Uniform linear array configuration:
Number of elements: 12
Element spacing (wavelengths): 1
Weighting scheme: hamming
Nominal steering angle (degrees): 60
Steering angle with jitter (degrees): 58.358
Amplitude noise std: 0.05
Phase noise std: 0.05

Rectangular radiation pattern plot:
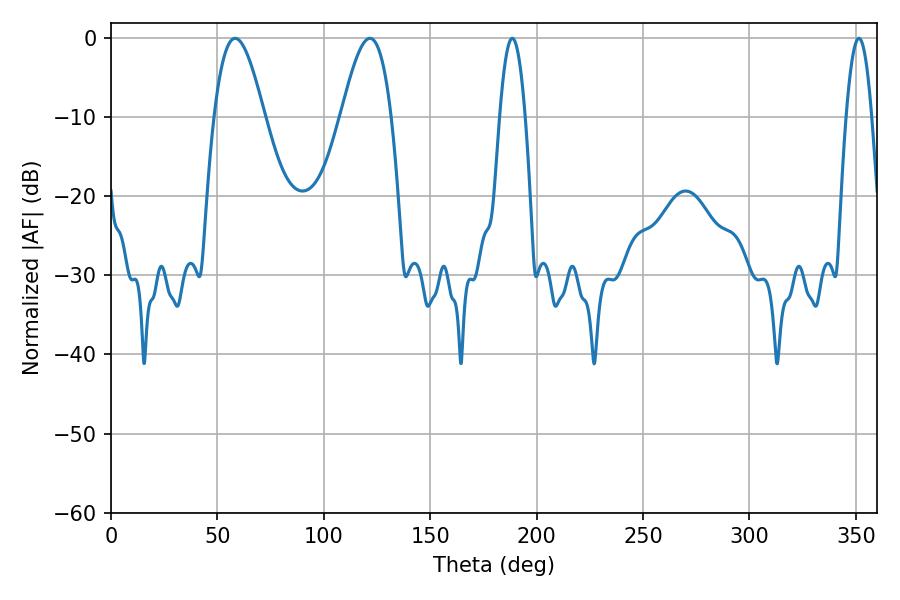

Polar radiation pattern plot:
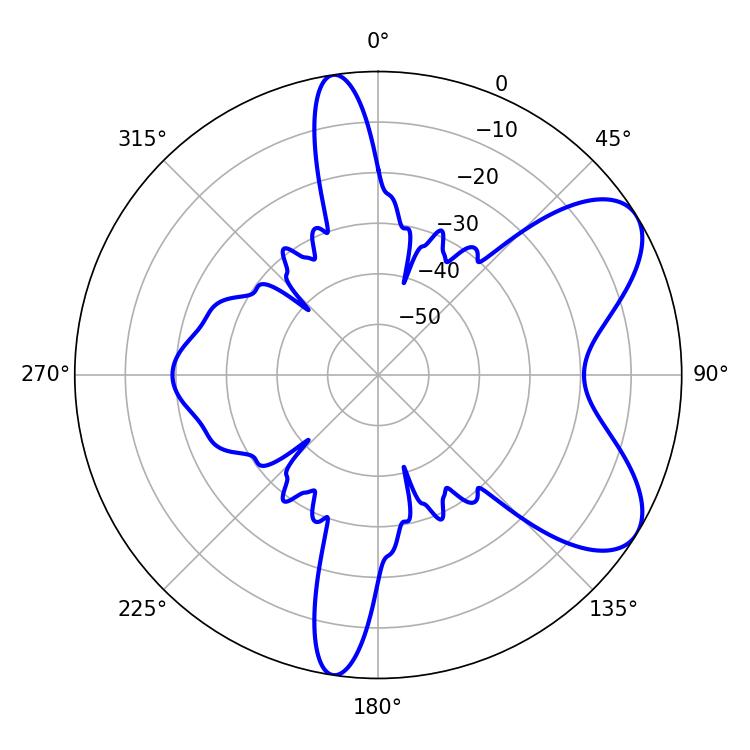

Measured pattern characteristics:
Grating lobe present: TRUE
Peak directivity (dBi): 7.188
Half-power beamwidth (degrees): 12.78
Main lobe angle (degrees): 58.32